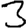
Digit: 3